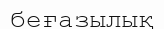
беғазылық